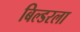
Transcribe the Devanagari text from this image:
बिल्डरला